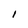
Character: I